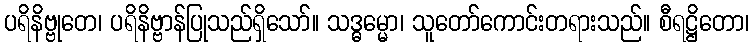
ပရိနိဗ္ဗုတေ၊ ပရိနိဗ္ဗာန်ပြုသည်ရှိသော်။ သဒ္ဓမ္မော၊ သူတော်ကောင်းတရားသည်။ စီရဋ္ဌိတော၊